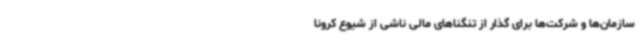
سازمان‌ها و شرکت‌ها برای گذار از تنگناهای مالی ناشی از شیوع کرونا